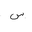
Letter: _sin